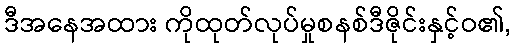
ဒီအနေအထား ကိုထုတ်လုပ်မှုစနစ်ဒီဇိုင်းနှင့်ဝ၏,